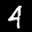
Label: 4